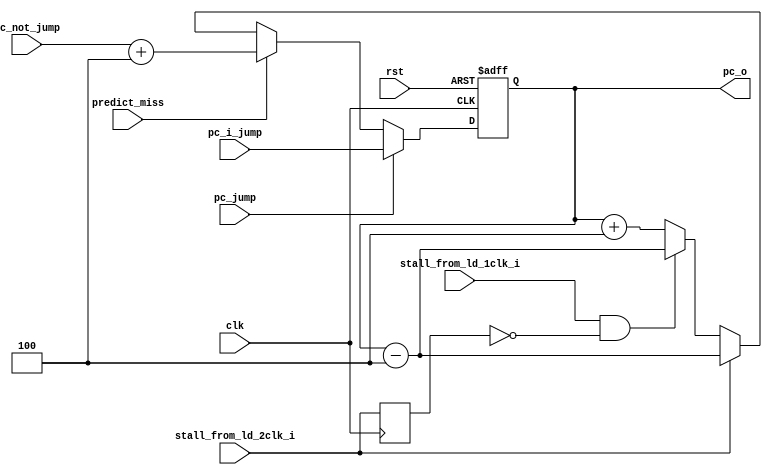
module pc_reg(
    input                   clk,
    input                   rst,

    input       [31:0]      pc_i_jump,
    input                   stall_from_ld_2clk_i,
    input                   stall_from_ld_1clk_i,
    input                   pc_jump,
    input                   predict_miss,
    input       [31:0]      pc_not_jump,

    output reg  [31:0]      pc_o

);
    reg     stall_from_ld_2clk_d;
    always @(posedge clk) begin
        stall_from_ld_2clk_d <= stall_from_ld_2clk_i;
    end
    always @(posedge clk or posedge rst) begin
        if(rst)
            pc_o <= 32'h0;
        else if(pc_jump)
            pc_o <= pc_i_jump;
        else if(predict_miss)
            pc_o <= pc_not_jump + 4;
        else if(stall_from_ld_2clk_i)
            pc_o <= pc_o - 4 ;
        else if(stall_from_ld_1clk_i && (stall_from_ld_2clk_d == 1'b0))
            pc_o <= pc_o - 4 ;
        else 
            pc_o <= pc_o + 4;
    end
    
endmodule //pc_reg